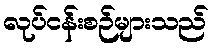
လုပ်ငန်းစဉ်များသည်